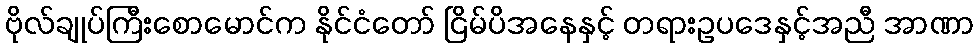
ဗိုလ်ချုပ်ကြီးစောမောင်က နိုင်ငံတော် ငြိမ်ပိအနေနှင့် တရားဥပဒေနှင့်အညီ အာဏာ